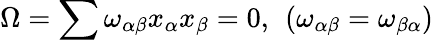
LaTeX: \Omega=\sum\omega_{\alpha\beta}x_{\alpha}x_{\beta}=0,\ \left(\omega_{\alpha\beta}=\omega_{\beta\alpha}\right)